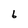
Character: 6